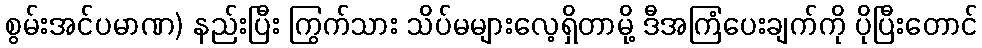
စွမ်းအင်ပမာဏ) နည်းပြီး ကြွက်သား သိပ်မများလေ့ရှိတာမို့ ဒီအကြံပေးချက်ကို ပိုပြီးတောင်